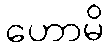
ဟောမိ